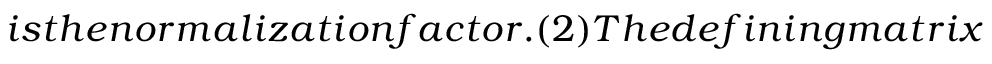
i s t h e n o r m a l i z a t i o n f a c t o r . ( 2 ) T h e d e f i n i n g m a t r i x